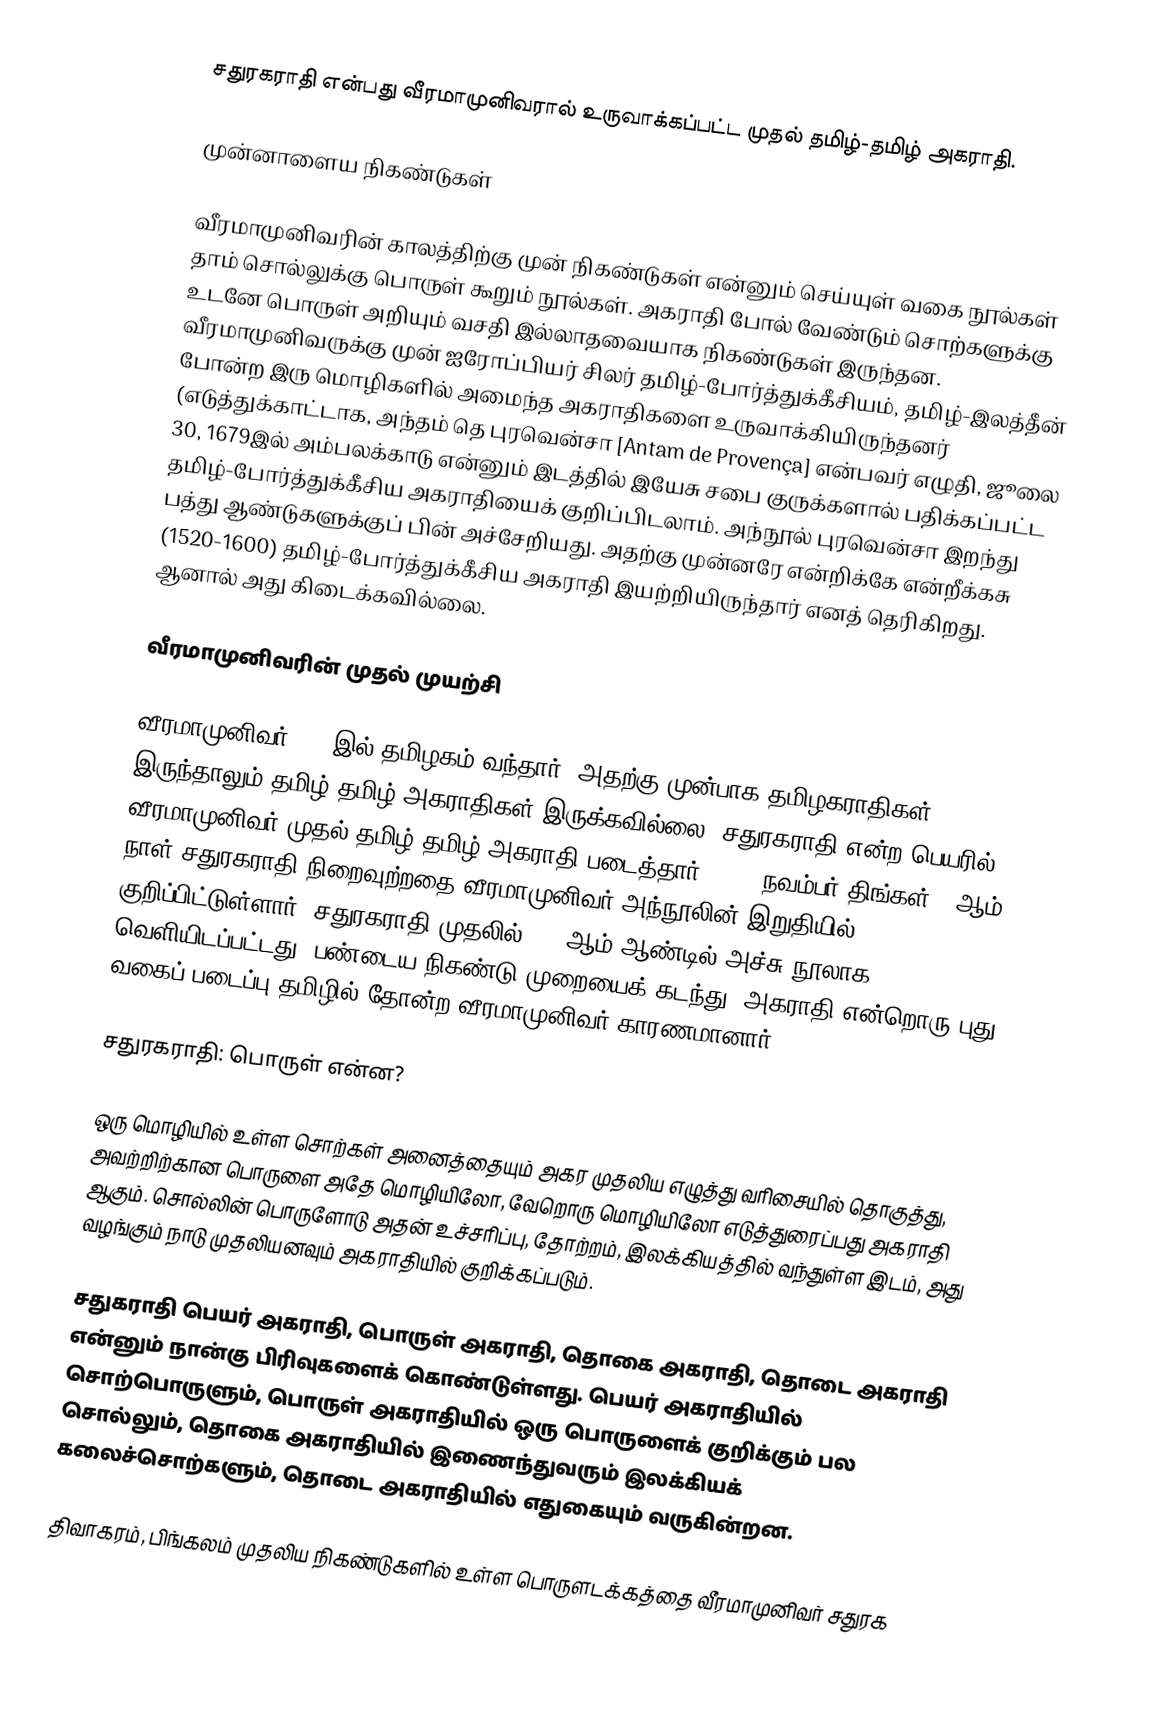
சதுரகராதி என்பது வீரமாமுனிவரால் உருவாக்கப்பட்ட முதல் தமிழ்-தமிழ் அகராதி.

முன்னாளைய நிகண்டுகள்

வீரமாமுனிவரின் காலத்திற்கு முன் நிகண்டுகள் என்னும் செய்யுள் வகை நூல்கள் தாம் சொல்லுக்கு பொருள் கூறும் நூல்கள். அகராதி போல் வேண்டும் சொற்களுக்கு உடனே பொருள் அறியும் வசதி இல்லாதவையாக நிகண்டுகள் இருந்தன. வீரமாமுனிவருக்கு முன் ஐரோப்பியர் சிலர் தமிழ்-போர்த்துக்கீசியம், தமிழ்-இலத்தீன் போன்ற இரு மொழிகளில் அமைந்த அகராதிகளை உருவாக்கியிருந்தனர் (எடுத்துக்காட்டாக, அந்தம் தெ புரவென்சா [Antam de Provença] என்பவர் எழுதி, ஜூலை 30, 1679இல் அம்பலக்காடு என்னும் இடத்தில் இயேசு சபை குருக்களால் பதிக்கப்பட்ட தமிழ்-போர்த்துக்கீசிய அகராதியைக் குறிப்பிடலாம். அந்நூல் புரவென்சா இறந்து பத்து ஆண்டுகளுக்குப் பின் அச்சேறியது. அதற்கு முன்னரே என்றிக்கே என்றீக்கசு (1520-1600) தமிழ்-போர்த்துக்கீசிய அகராதி இயற்றியிருந்தார் எனத் தெரிகிறது. ஆனால் அது கிடைக்கவில்லை.

வீரமாமுனிவரின் முதல் முயற்சி

வீரமாமுனிவர் 1710இல் தமிழகம் வந்தார். அதற்கு முன்பாக தமிழகராதிகள் இருந்தாலும் தமிழ்-தமிழ் அகராதிகள் இருக்கவில்லை. சதுரகராதி என்ற பெயரில் வீரமாமுனிவர் முதல் தமிழ்-தமிழ் அகராதி படைத்தார்.  1732 நவம்பர் திங்கள் 21ஆம் நாள் சதுரகராதி நிறைவுற்றதை வீரமாமுனிவர் அந்நூலின் இறுதியில் குறிப்பிட்டுள்ளார். சதுரகராதி முதலில் 1919ஆம் ஆண்டில் அச்சு நூலாக வெளியிடப்பட்டது. பண்டைய நிகண்டு முறையைக் கடந்து, அகராதி என்றொரு புது வகைப் படைப்பு தமிழில் தோன்ற வீரமாமுனிவர் காரணமானார்.

சதுரகராதி: பொருள் என்ன?

ஒரு மொழியில் உள்ள சொற்கள் அனைத்தையும் அகர முதலிய எழுத்து வரிசையில் தொகுத்து, அவற்றிற்கான பொருளை அதே மொழியிலோ, வேறொரு மொழியிலோ எடுத்துரைப்பது அகராதி ஆகும். சொல்லின் பொருளோடு அதன் உச்சரிப்பு, தோற்றம், இலக்கியத்தில் வந்துள்ள இடம், அது வழங்கும் நாடு முதலியனவும் அகராதியில் குறிக்கப்படும்.

சதுகராதி பெயர் அகராதி, பொருள் அகராதி, தொகை அகராதி, தொடை அகராதி என்னும் நான்கு பிரிவுகளைக் கொண்டுள்ளது. பெயர் அகராதியில் சொற்பொருளும், பொருள் அகராதியில் ஒரு பொருளைக் குறிக்கும் பல சொல்லும், தொகை அகராதியில் இணைந்துவரும் இலக்கியக் கலைச்சொற்களும், தொடை அகராதியில் எதுகையும் வருகின்றன.

திவாகரம், பிங்கலம் முதலிய நிகண்டுகளில் உள்ள பொருளடக்கத்தை வீரமாமுனிவர் சதுரக